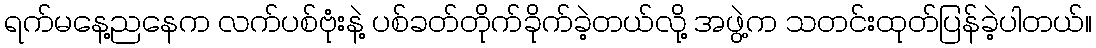
ရက်မနေ့ညနေက လက်ပစ်ဗုံးနဲ့ ပစ်ခတ်တိုက်ခိုက်ခဲ့တယ်လို့ အဖွဲ့က သတင်းထုတ်ပြန်ခဲ့ပါတယ်။